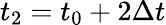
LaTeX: t_{2}=t_{0}+2\Delta t